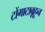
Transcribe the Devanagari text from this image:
टोंगाटाबूहून